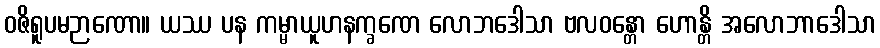
ဝဇိရူပမဉာဏော။ ယဿ ပန ကမ္မာယူဟနက္ခဏေ လောဘဒေါသာ ဗလဝန္တော ဟောန္တိ အလောဘာဒေါသာ